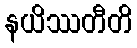
နယိဿတီတိ